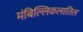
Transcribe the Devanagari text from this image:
मंबिल्लिकलातिल